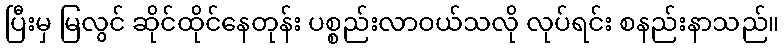
ပြီးမှ မြလွင် ဆိုင်ထိုင်နေတုန်း ပစ္စည်းလာဝယ်သလို လုပ်ရင်း စနည်းနာသည်။